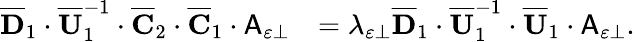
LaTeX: \begin{array}{rl}{\overline{{\mathbf{D}}}_{1}\cdot\overline{{\mathbf{U}}}_{1}^{-1}\cdot\overline{{\mathbf{C}}}_{2}\cdot\overline{{\mathbf{C}}}_{1}\cdot\mathsf{A}_{\varepsilon\perp}}&{=\lambda_{\varepsilon\perp}\overline{{\mathbf{D}}}_{1}\cdot\overline{{\mathbf{U}}}_{1}^{-1}\cdot\overline{{\mathbf{U}}}_{1}\cdot\mathsf{A}_{\varepsilon\perp}.}\end{array}